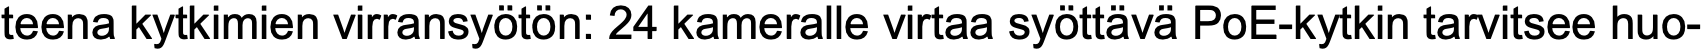
teena kytkimien virransyötön: 24 kameralle virtaa syöttävä PoE-kytkin tarvitsee huo-